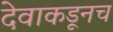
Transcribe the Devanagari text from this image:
देवाकडूनच